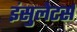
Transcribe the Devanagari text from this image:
इंसुलेटर्स